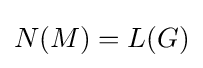
N(M)=L(G)